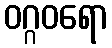
ဝဂ္ဂဝရော